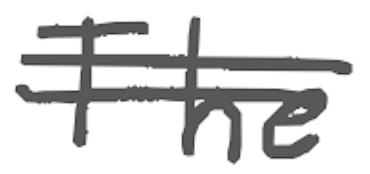
Text: The
Cross-out: double-line
Writing tool: digital_gray